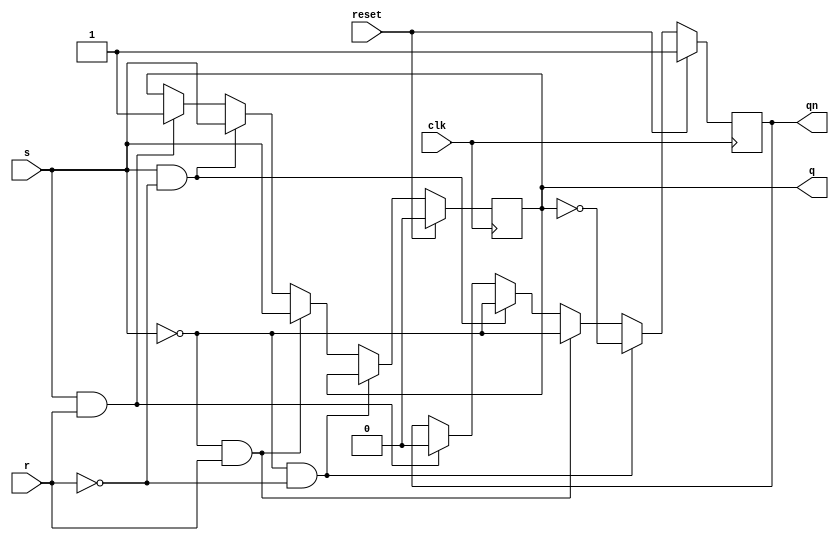
module srff(q,qn,clk,reset,s,r);
  
  output reg q,qn;
  input clk,reset,s,r;
  
  always @(negedge clk)
  begin
    if(reset==1'b1)
    begin
      q=1'b0;
      qn=1'b1;
    end
 else if(s==1'b0 & r==1'b0)
   begin
     q=q;
     qn=~q;
   end
   
 else if(s==1'b0 & r==1'b1)
   begin
     q=s;
     qn=~q;
   end
   
 else if(s==1'b1 & r==1'b0)
   begin
     q=s;
     qn=~q;
   end
   
 else if(s==1'b1 & r==1'b1)
   begin
     q=1'b1;
     qn=~q;
   end
 end
 endmodule
 
 
  //tst bnch
 
 module t_srff();
 
 wire q,qn;
 reg clk,reset,s,r;
 
srff a1(q,qn,clk,reset,s,r);

  always
  begin
    #10;
    clk=~clk;
  end
  
  initial
  begin
    clk=1'b0;
    reset=1'b0;
    #50;
    
    s=1'b0;
    r=1'b0;
    #50;
    
    s=1'b0;
    r=1'b1;
    #50;
    
    s=1'b1;
    r=1'b0;
    #50;
    
    s=1'b1;
    r=1'b1;
    #50;
  end
endmodule